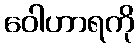
ဝေါဟာရကို